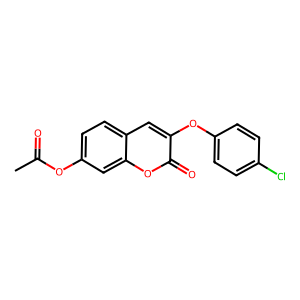
SMILES: CC(=O)Oc1ccc2cc(Oc3ccc(Cl)cc3)c(=O)oc2c1
Inhibits HIV replication: No